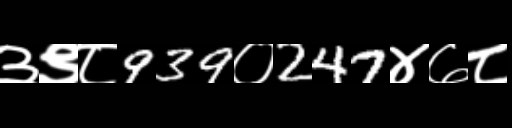
Text: ३९८939०247४७८